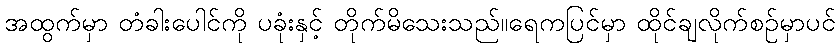
အထွက်မှာ တံခါးပေါင်ကို ပခုံးနှင့် တိုက်မိသေးသည်။ရေကပြင်မှာ ထိုင်ချလိုက်စဉ်မှာပင်